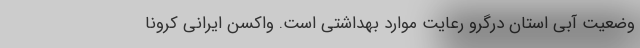
وضعیت آبی استان درگرو رعایت موارد بهداشتی است. واکسن ایرانی کرونا